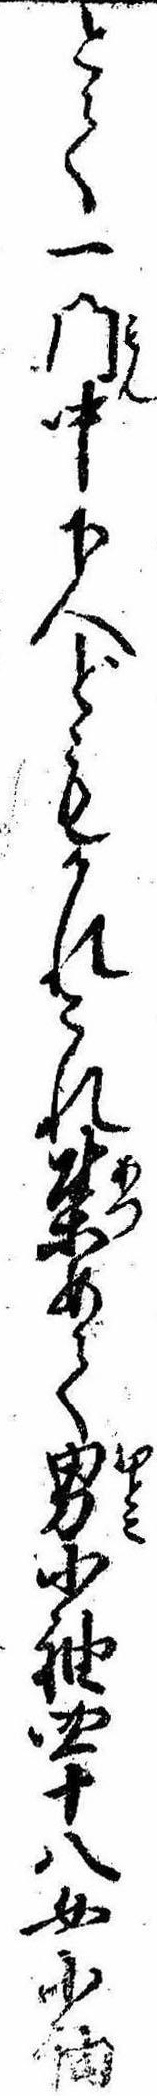
とて一門中下人どもかれこれ集めて男小袖四十八女小袖